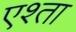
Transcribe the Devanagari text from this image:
एश्ता